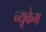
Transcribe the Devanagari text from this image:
न्यूकेम